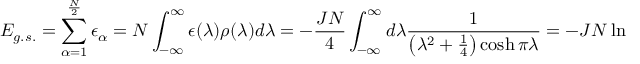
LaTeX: E _ { g . s . } = \sum _ { \alpha = 1 } ^ { \frac { N } { 2 } } \epsilon _ { \alpha } = N \int _ { - \infty } ^ { \infty } \epsilon ( \lambda ) \rho ( \lambda ) d \lambda = - \frac { J N } { 4 } \int _ { - \infty } ^ { \infty } d \lambda \frac { 1 } { \left( \lambda ^ { 2 } + \frac { 1 } { 4 } \right) \cosh \pi \lambda } = - J N \ln 2